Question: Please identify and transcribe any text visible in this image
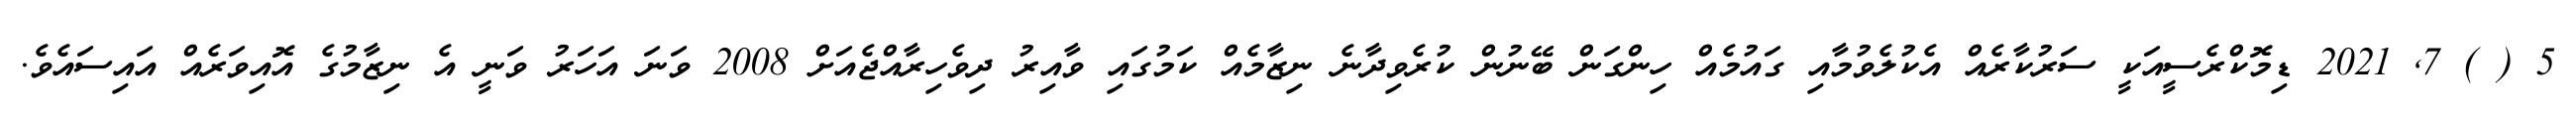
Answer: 5 ( ) 7, 2021 ޑިމޮކްރެސީއަކީ ސަރުކާރެއް އެކުލެވުމާއި ގައުމެއް ހިންގަން ބޭނުން ކުރެވިދާނެ ނިޒާމެއް ކަމުގައި ވާއިރު ދިވެހިރާއްޖެއަށް 2008 ވަނަ އަހަރު ވަނީ އެ ނިޒާމުގެ އޮއިވަރެއް އައިސައެވެ.